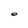
Character: O